Report on the working of the mental hospitals for Indians in Bihar and Orissa - 1925-1929
Year: 1925
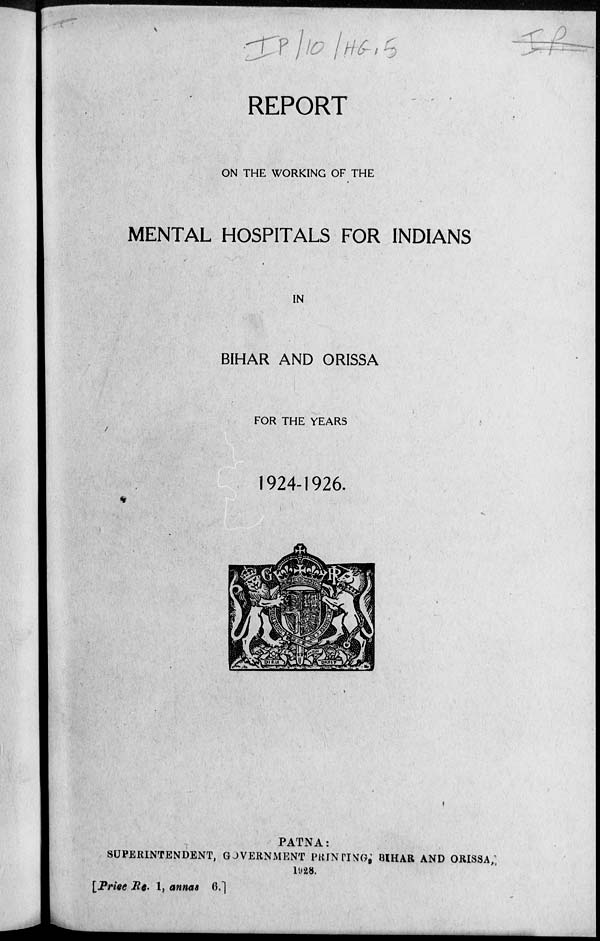
REPORT
ON THE WORKING OF THE
MENTAL HOSPITALS FOR INDIANS
IN
BIHAR AND ORISSA
FOR THE YEARS
1924-1926.
PATNA:
SUPERINTENDENT, GOVERNMENT PRINTING, BIHAR AND ORISSA,
1928.
[Price Re. 1, annas 6.]